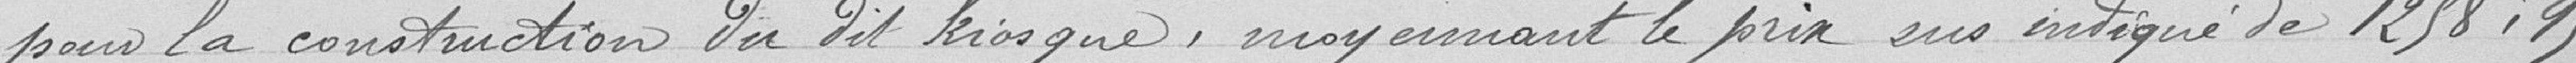
pour la construction du dit kiosque, moyennant le prix sus-indiqué de 1258.95 francs